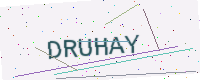
Text: DRUHAY